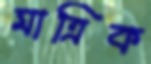
মাত্রিক